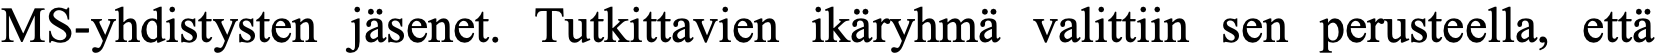
MS-yhdistysten jäsenet. Tutkittavien ikäryhmä valittiin sen perusteella, että